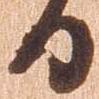
日